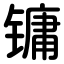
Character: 镛